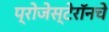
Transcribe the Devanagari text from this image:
प्रोजेस्टेरॉनचे